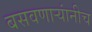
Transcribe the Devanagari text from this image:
बसवणाऱ्यांनीच